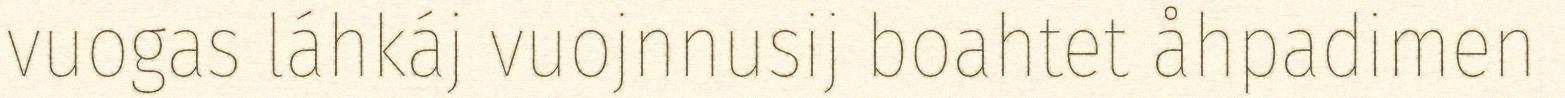
vuogas láhkáj vuojnnusij boahtet åhpadimen